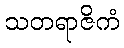
သတရာဇိကံ